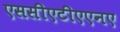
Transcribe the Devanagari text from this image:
एससीएटीएएनए